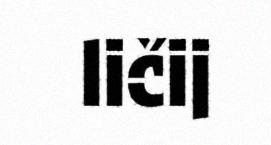
ličij